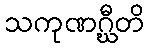
သကုဏဂ္ဃီတိ